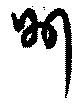
州